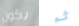
يكون ثم